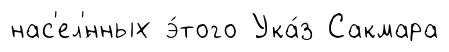
нас'ел'́нных э́того Ука́з Сакмара